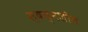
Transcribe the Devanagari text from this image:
स्वप्नशील